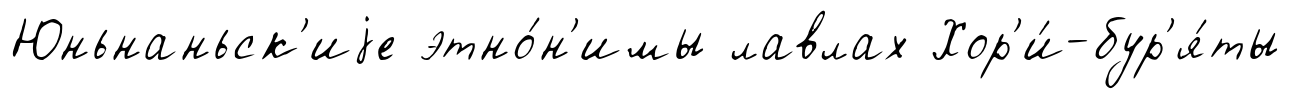
Юньнаньск'иjе этно́н'имы лавлах Хор'и́-бур'я́ты